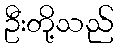
ဦးတို့သည်